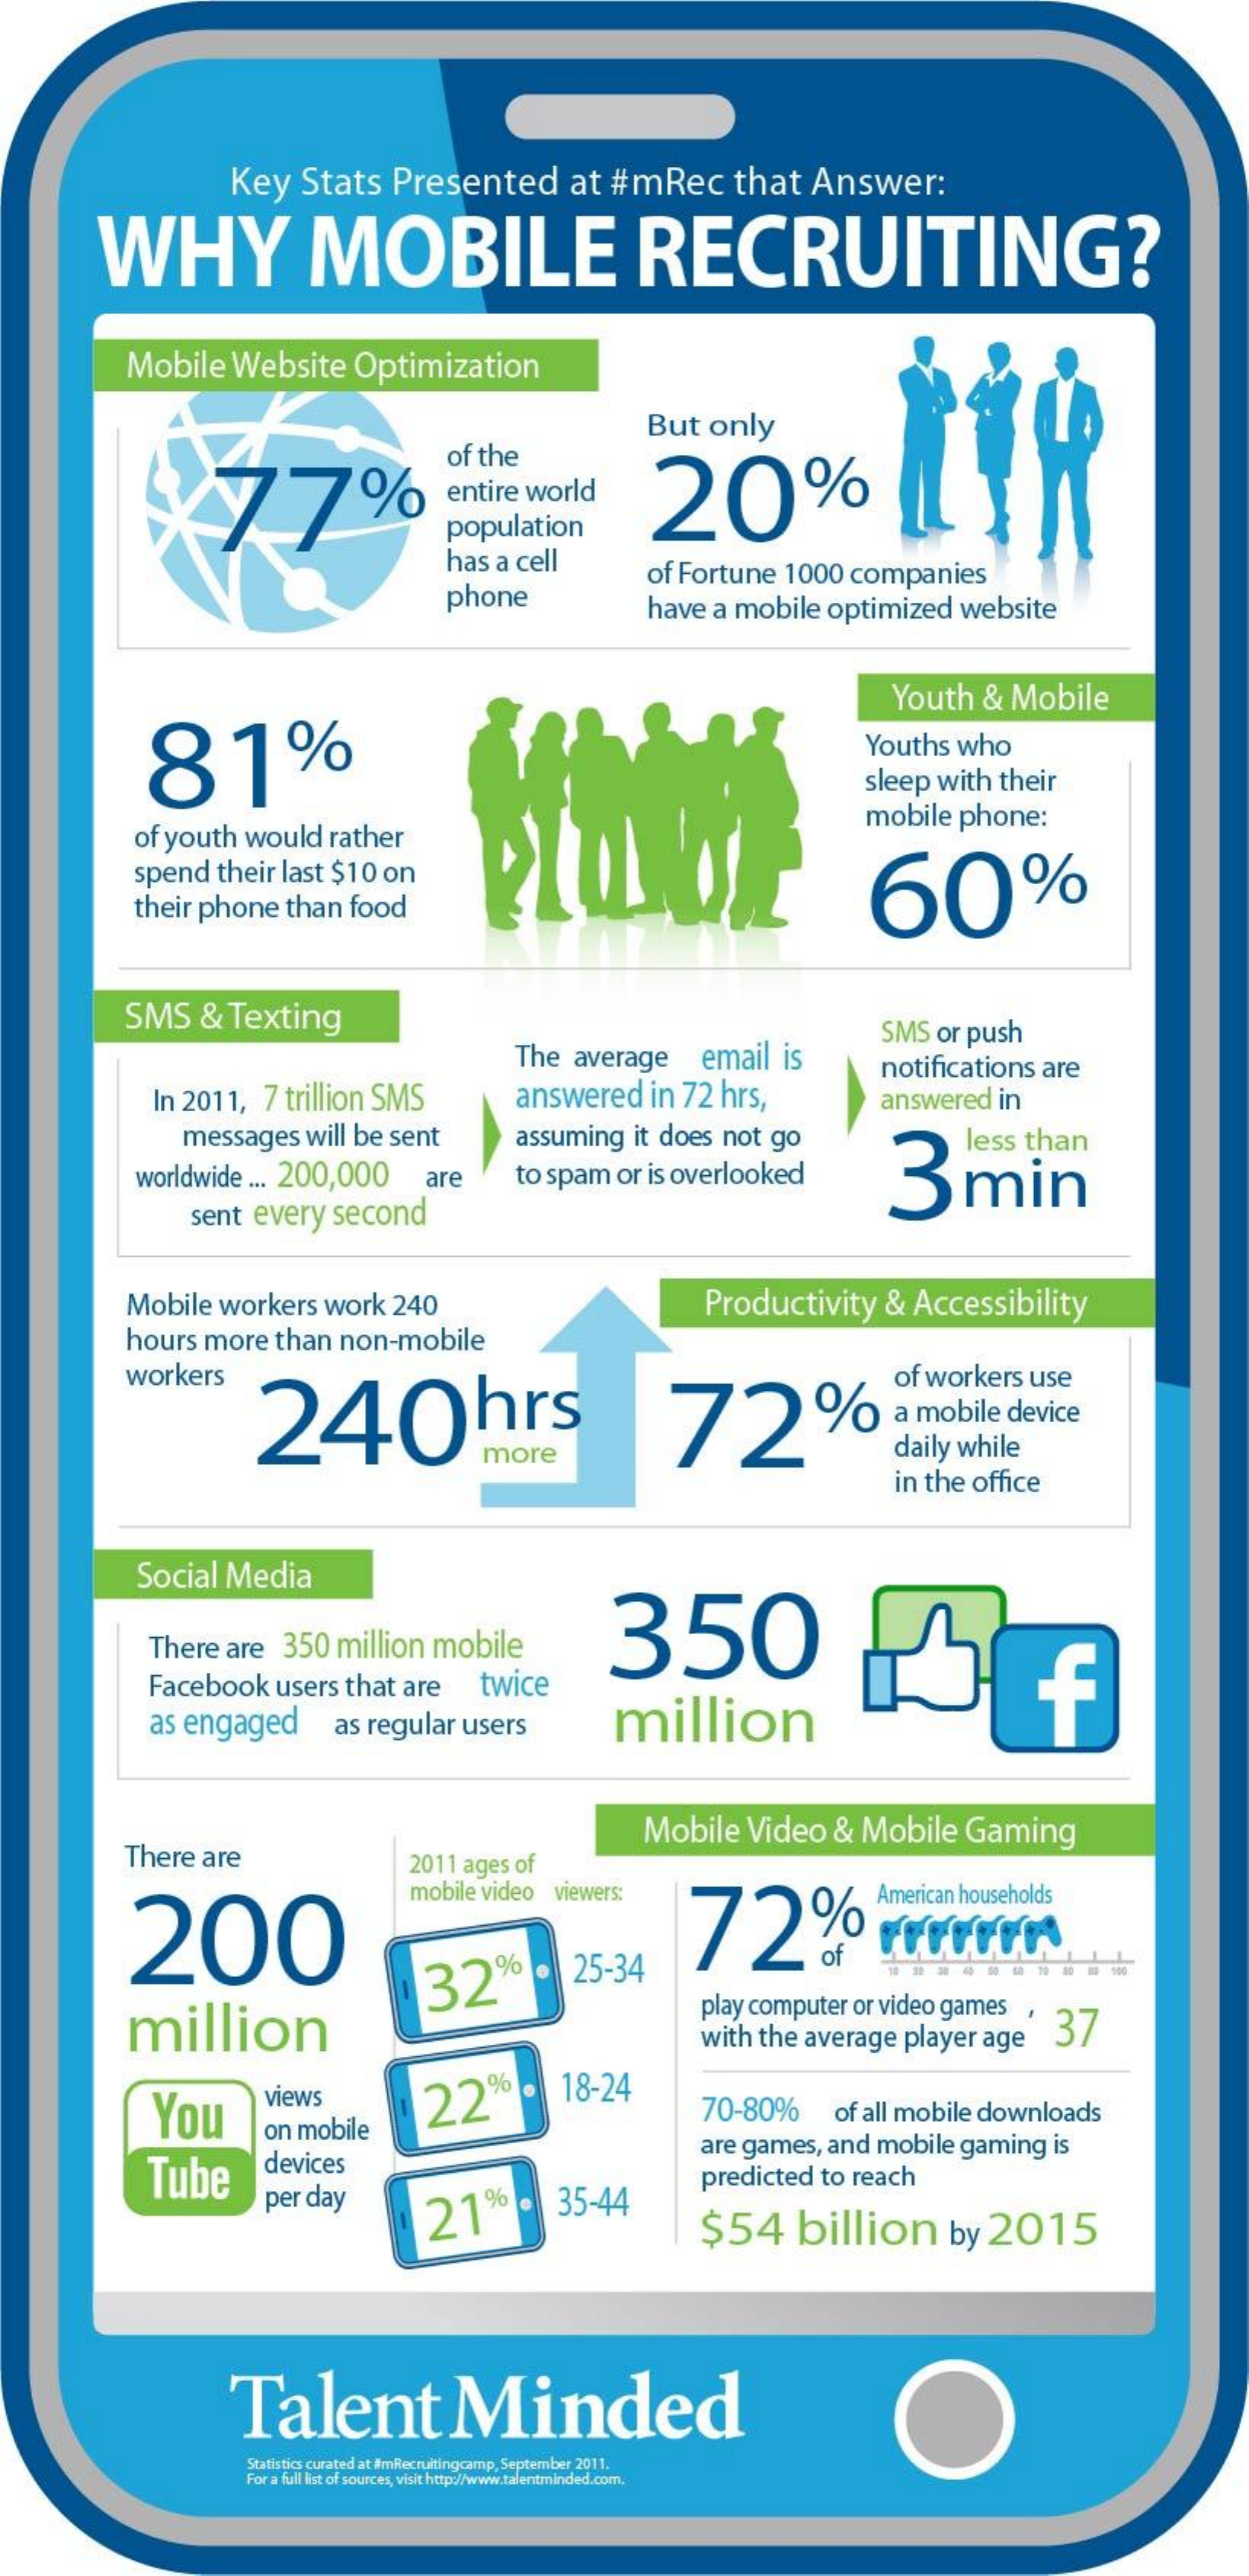
Key    Stats    Presented    at   #mRec    that    Answer:
     WHY    MOBILE    RECRUITING?
     Mobile    Website    Optimization
     But    only
     X7    7%
     of  the
     entire    world    20%
     population
     has    a  cell
     phone
     of Fortune    1000    companies
     have    a  mobile    optimized    website
     Youth    &    Mobile
     81%    Youths    who
     sleep    with    their
     of youth    would    rather
     mobile    phone:
     spend    their    last    $10    on
     60%
     their    phone    than    food
     SMS    &    Texting
     The    average    email    is
     SMS    or   push
     In  2011,    7  trillion    SMS    answered    in   72   hrs,
     notifications    are
     answered    in
     messages    will   be   sent    assuming    it does    not    go
     worldwide    ...  200,000    are    to  spam    or  is overlooked    3    min
     sent    every    second
     Mobile    workers    work    240    Productivity    &   Accessibility
     hours    more    than    non-mobile
     workers
     240hrs    72%
     of  workers    use
     a mobile    device
     more    daily    while
     in the    office
     Social    Media
     350 There are 350 million mobile
     Facebook    users    that    are    twice    f
     as   engaged    as   regular    users    million
     Mobile    Video    &    Mobile    Gaming
     There    are    2011   ages    of
     200
     mobile    video    viewers:
     72%    ProFFEN
     American    households
     million
     32    25-34
     play  computer    or video    games
     with    the   average    player    age    37
     You
     views    22%    18-24
     on  mobile
     70-80%    of   all mobile    downloads
     Tube    devices
     are   games,    and    mobile    gaming    is
     per   day
     21    35-44
     predicted    to  reach
     $54    billion    by    2015
     Talent    Minded
     Statistics curated at #mRecruitingcamp, September 2011.
     For a full list of sources, visit http://www.talentminded.com.